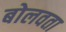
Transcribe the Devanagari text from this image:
बोलवता